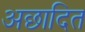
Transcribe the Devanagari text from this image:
अछादित